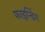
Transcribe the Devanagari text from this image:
फाइन्डिंग